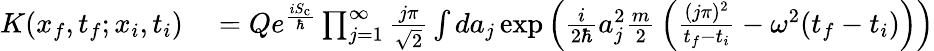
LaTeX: \begin{array}{rl}{K(x_{f},t_{f};x_{i},t_{i})}&{{}=Qe^{\frac{iS_{\mathrm{c}}}{\hbar}}\prod_{j=1}^{\infty}{\frac{j\pi}{\sqrt{2}}}\int da_{j}\exp{\left({\frac{i}{2\hbar}}a_{j}^{2}{\frac{m}{2}}\left({\frac{(j\pi)^{2}}{t_{f}-t_{i}}}-\omega^{2}(t_{f}-t_{i})\right)\right)}}\end{array}